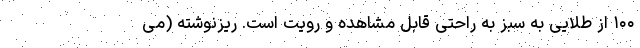
۱۰۰ از طلایی به سبز به راحتی قابل مشاهده و رویت است. ریزنوشته (می